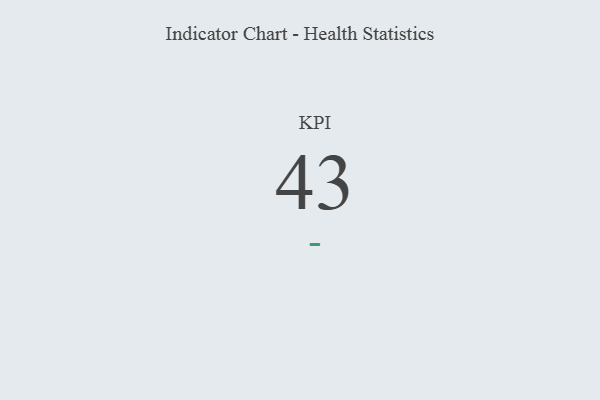
{"axis": {"x": "KPI", "y": "Value"}, "legend": [""], "data": [{"x": "KPI", "y": 43, "type": ""}]}